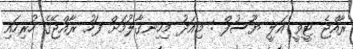
ރާއްޖެ ޓީވީ އަލީ ޔޫސުފް : މިއަދު މިހިނގާލުމަށް ފަހު ރާއްޖޭގެ ހުރިހައި